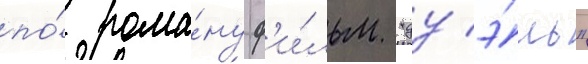
по́ рома́ну ф'и́льм "дуэ́ль"